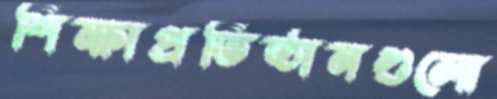
শিক্ষাপ্রতিষ্ঠানগুলো